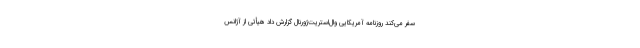
سفر می‌کند روزنامه آمریکایی وال‌استریت‌ژورنال گزارش داد هیأتی از آژانس